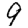
Digit: 9